Annual report of the Punjab Veterinary College and of the Civil Veterinary Department, Punjab - 1926-1932
Year: 1926
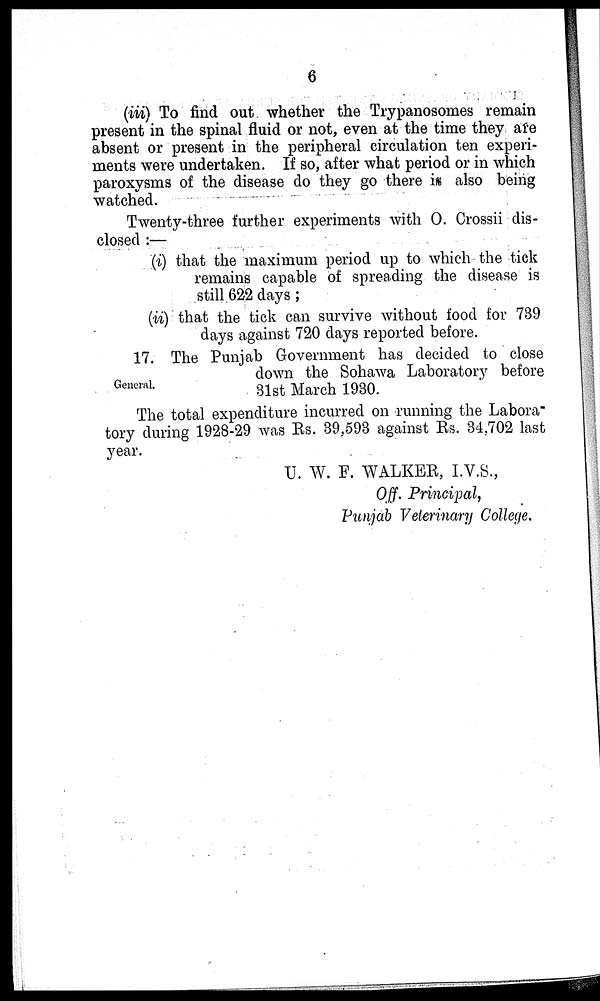
6
(iii) To find out whether the Trypanosomes remain
present in the spinal fluid or not, even at the time they are
absent or present in the peripheral circulation ten experi-
ments were undertaken. If so, after what period or in which
paroxysms of the disease do they go there is also being
watched.
Twenty-three further experiments with O. Crossii dis-
closed :—
(i) that the maximum period up to which the tick
remains capable of spreading the disease is
still 622 days;
(ii) that the tick can survive without food for 739
days against 720 days reported before.
General.
17. The Punjab Government has decided to close
down the Sohawa Laboratory before
31st March 1930.
The total expenditure incurred on running the Labora-
tory during 1928-29 was Rs. 39,593 against Rs. 34,702 last
year.
U. W. F. WALKER, I.V.S.,
Off. Principal,
Punjab Veterinary College.